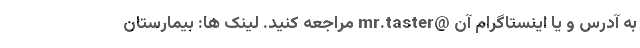
به آدرس و یا اینستاگرام آن @mr.taster مراجعه کنید. لینک ها: بیمارستان